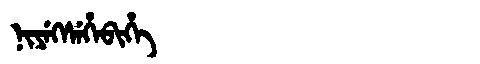
Manchu: ᠨᡳᠶᡝᡴᠰᡝᡥᡝᠪᡳᡥᡝ
Romanization: NIYEKSEHEBIHE